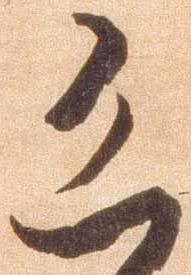
恐